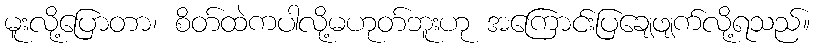
မူးလို့ပြောတာ၊ စိတ်ထဲကပါလို့မဟုတ်ဘူးဟု အကြောင်းပြချေဖျက်လို့ရသည်။